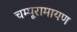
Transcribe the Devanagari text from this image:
चम्पूरामायण